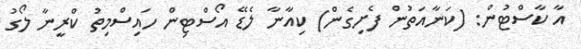
އާ ކާސްޓުން: (ކަނާއަތުން ފެށިގެން) ކިއާނާ ލެޑޭ އޯސްޓިން ހައިސްމިތު ކްރީނާ ލޯގު